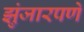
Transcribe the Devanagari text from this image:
झुंजारपणे